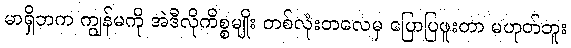
မာရှိဘက ကျွန်မကို အဲဒီလိုကိစ္စမျိုး တစ်လုံးတလေမှ ပြောပြဖူးတာ မဟုတ်ဘူး